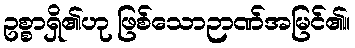
ဥစ္စာရှိ၏ဟု ဖြစ်သောဉာဏ်အမြင်၏။